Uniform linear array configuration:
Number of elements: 12
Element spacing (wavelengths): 0.75
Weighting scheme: cosine
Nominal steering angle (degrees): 0
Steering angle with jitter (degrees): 0.2206
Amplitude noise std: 0.05
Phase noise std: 0.05

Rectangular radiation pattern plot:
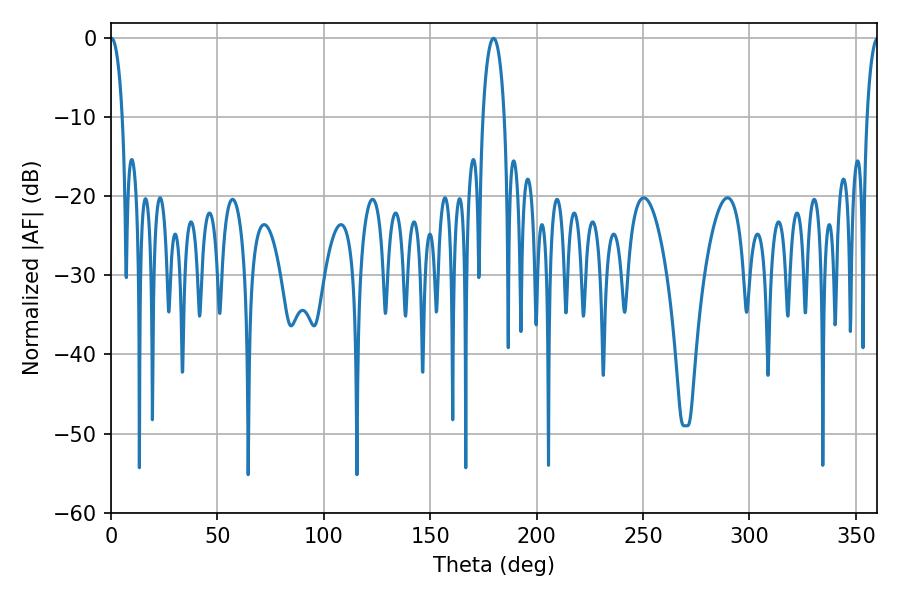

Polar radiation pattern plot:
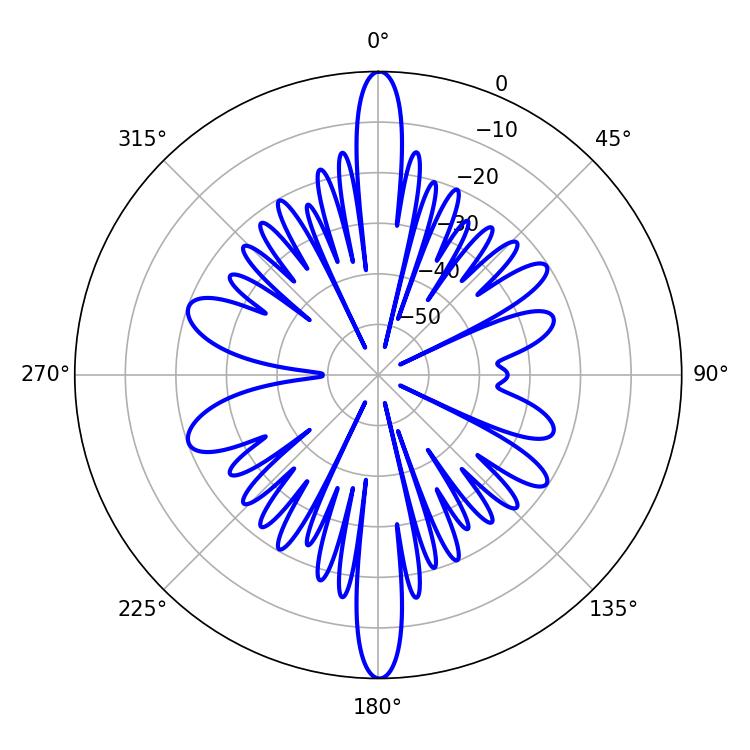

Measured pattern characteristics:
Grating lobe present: TRUE
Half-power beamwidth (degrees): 3.06
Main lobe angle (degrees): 0.18